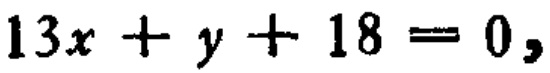
\(13x + y + 18 = 0,\)